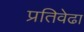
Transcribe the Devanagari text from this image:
प्रतिवेढा